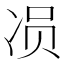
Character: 𱐄